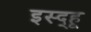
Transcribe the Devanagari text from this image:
इस्द्हू